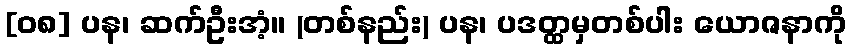
[၀၈] ပန၊ ဆက်ဦးအံ့။ (တစ်နည်း) ပန၊ ပဒတ္ထမှတစ်ပါး ယောဇနာကို